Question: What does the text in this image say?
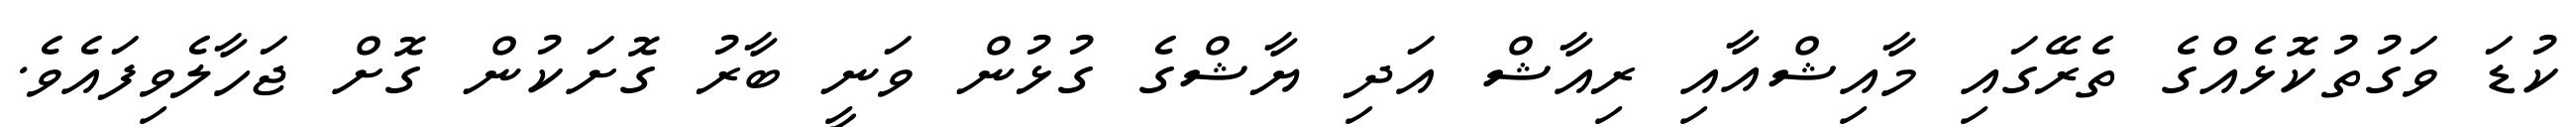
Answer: ކުޑަ ވަގުތުކޮޅެއްގެ ތެރޭގައި މާއިޝްއާއި ރިއާޝް އަދި ޔާޝްގެ ގުޅުން ވަނީ ބާރު ގޮށަކުން ގޮށް ޖަހާލެވިފައެވެ.